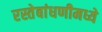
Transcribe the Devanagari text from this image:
रस्तेबांधणीमध्ये